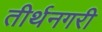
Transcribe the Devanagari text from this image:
तीर्थनगरी